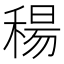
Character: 𥠜